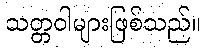
သတ္တဝါများဖြစ်သည်။